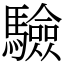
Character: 驗